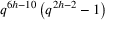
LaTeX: q ^ { 6 h - 1 0 } \left( q ^ { 2 h - 2 } - 1 \right)